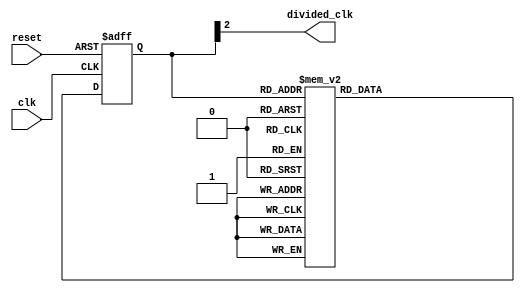
module Johnson_Counter_Clock_Divider (
    input wire clk,
    input wire reset,
    output reg divided_clk
);

reg [2:0] count;

always @(posedge clk or posedge reset) begin
    if (reset) begin
        count <= 3'b000;
    end else begin
        case (count)
            3'b000: count <= 3'b001;
            3'b001: count <= 3'b010;
            3'b010: count <= 3'b011;
            3'b011: count <= 3'b100;
            3'b100: count <= 3'b101;
            3'b101: count <= 3'b110;
            3'b110: count <= 3'b111;
            3'b111: count <= 3'b000;
        endcase
    end
end

assign divided_clk = count[2]; // Output divided clock signal

endmodule